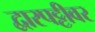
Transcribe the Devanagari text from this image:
द्वारपट्टीवर